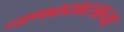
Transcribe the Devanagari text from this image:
नाणकशास्त्राच्या